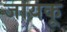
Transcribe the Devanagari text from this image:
जायकू